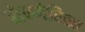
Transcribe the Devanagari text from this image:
होफगेरिख्त